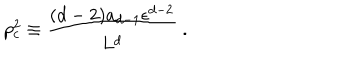
p _ { c } ^ { 2 } \equiv { \frac { ( d - 2 ) a _ { d - 1 } \epsilon ^ { d - 2 } } { L ^ { d } } } ~ .